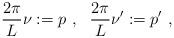
LaTeX: \begin{align*}\frac{2\pi}{L} \nu := p \ , \ \ \frac{2\pi}{L} \nu' :=p' \ ,\end{align*}